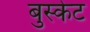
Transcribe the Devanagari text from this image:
बुस्केट